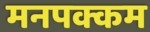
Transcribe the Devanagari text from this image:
मनपक्कम